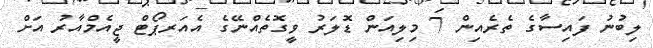
ލިިބުނު ފައިސާގެ ތެރެއިން 7 މިލިއަން ޑޮލަރު ވީގޮތެއްނޭގެ އެއަރޕޯޓް ޖީއެމްއާރު އަށް